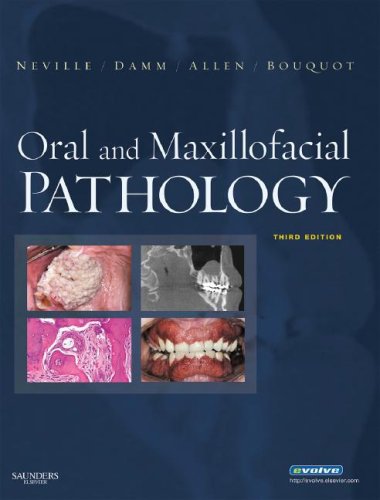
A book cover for Oral and Maxillofacial Pathology, 3rd Edition; Brad W. Neville; Medical Books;